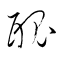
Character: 醜